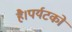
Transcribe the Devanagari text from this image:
है।पर्यटकों